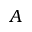
\boldsymbol { A }